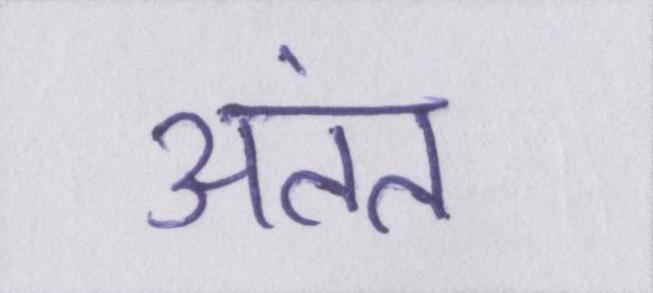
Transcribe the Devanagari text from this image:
अंतत